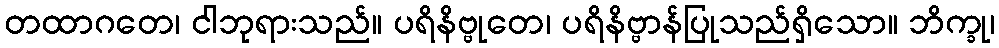
တထာဂတေ၊ ငါဘုရားသည်။ ပရိနိဗ္ဗုတေ၊ ပရိနိဗ္ဗာန်ပြုသည်ရှိသော။ ဘိက္ခု၊